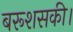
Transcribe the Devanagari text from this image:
बरूशसकी।